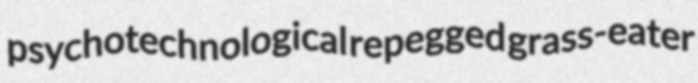
psychotechnological repegged grass-eater